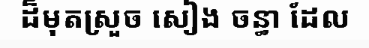
ដ៏មុតស្រួច សៀង ចន្ធា ដែល